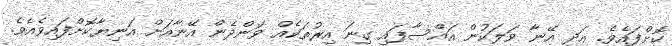
ކޮށްފައެވެ. އަދި އޭނާާ ވަލަކުުން އައްސާފައި ގިނަ އިރުތަކެއް ވަންދެން އޭނާއަށް އަނިޔާކޮށްފައިވެއެވެ.